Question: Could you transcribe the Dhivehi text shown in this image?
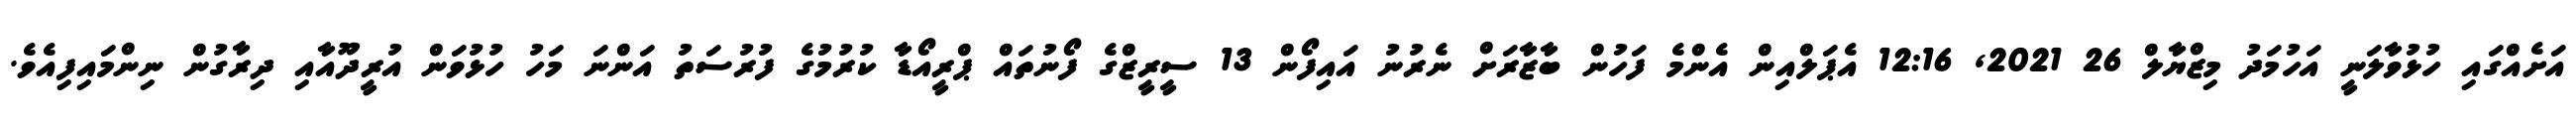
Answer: އަށެއްގައި ހުޅުވާލަނީ އަހުމަދު މިޒްޔާލް 26 2021, 12:16 އެޕަލްއިން އެންމެ ފަހުން ބާޒާރަށް ނެރުނު އައިފޯން 13 ސީރީޒްގެ ފޯނުތައް ޕްރީއޯޑާ ކުރުމުގެ ފުރުސަތު އަންނަ މަހު ހުޅުވަން އުރީދޫއާއި ދިރާގުން ނިންމައިފިއެވެ.